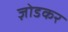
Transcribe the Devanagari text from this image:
ज़ोडकर